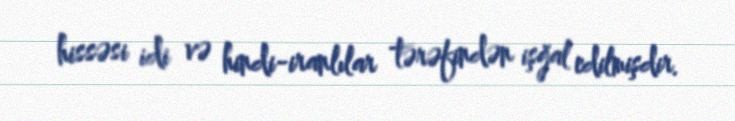
hissəsi idi və hindi-iranlılar tərəfindən işğal edilmişdir.